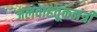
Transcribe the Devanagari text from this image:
जलवाहतूकमंत्री